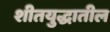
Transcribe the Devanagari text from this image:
शीतयुद्धातील